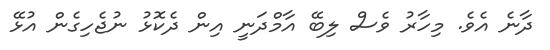
ދާނެ އެވެ. މިހާރު ވެސް ލިބޭ އާމްދަނީ އިން ދެކޮޅު ނުޖެހިގެން އުޅޭ